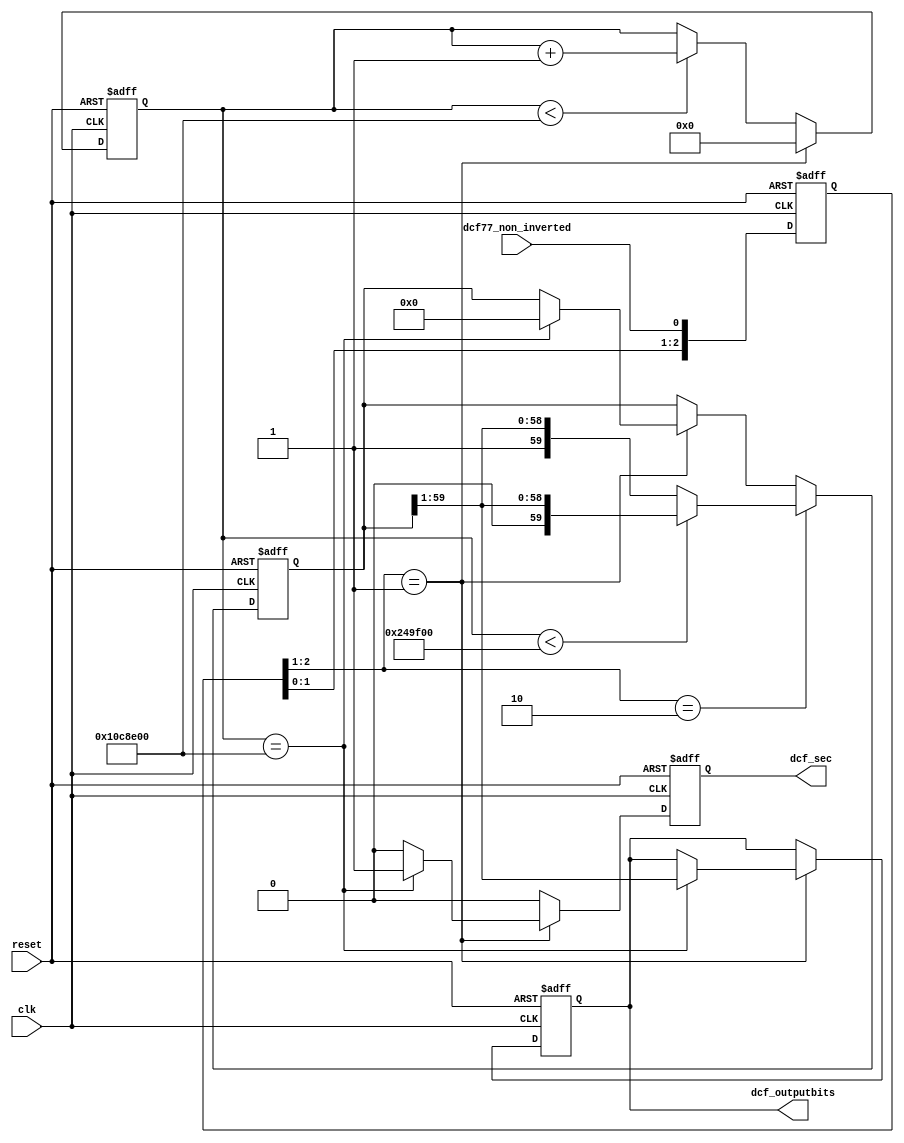
module dcf77_encoder #(parameter CLOCK_FREQUENCY = 16000000
			) ( 	
        input wire              clk,       	
        input wire              reset,          
        input wire dcf77_non_inverted,
	output reg dcf_sec,
	output reg [58:0] dcf_outputbits
);  
  reg [59:0] dcf_bits;
  reg [30:0] cnt;	
  reg [2:0] dcf_edge;
  parameter CNT_MAX = (11*CLOCK_FREQUENCY)/10;		
  parameter CNT_SAMPLE = (15*CLOCK_FREQUENCY)/100;	
  always@(posedge clk or posedge reset) begin
	if(reset) begin
		dcf_outputbits <= 60'b0;
		dcf_bits <= 60'b0;
		dcf_sec <= 1'b0;
		cnt <= 0;
		dcf_edge <= 3'b0;
	end else begin
		dcf_edge <= {dcf_edge[1:0], dcf77_non_inverted};
		if(cnt < CNT_MAX) cnt <= cnt + 1;
		if(dcf_edge[2:1] == 2'b01) begin	
			if(cnt == CNT_MAX) begin	
				dcf_sec <= 1'b1;
				dcf_outputbits <= dcf_bits[59:1];
				dcf_bits <= 0;
			end else begin
				dcf_sec <= 1'b0;
			end
			cnt <= 0;
		end else dcf_sec <= 1'b0;
		if(dcf_edge[2:1] == 2'b10) begin
			if(cnt < CNT_SAMPLE) begin
				dcf_bits <= {1'b0, dcf_bits[59:1]};	
			end
			else begin
				dcf_bits <= {1'b1, dcf_bits[59:1]};
			end	
		end
	end
  end
endmodule